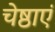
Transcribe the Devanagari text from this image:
चेष्ठाएं